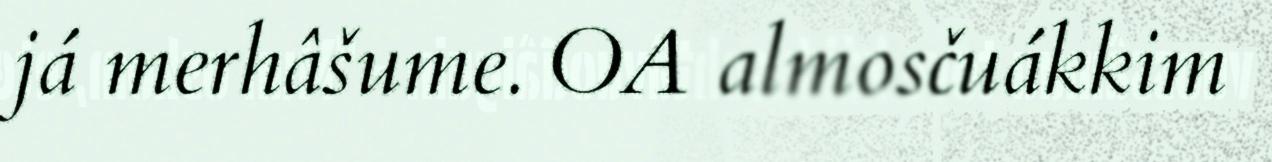
já merhâšume. OA almosčuákkim